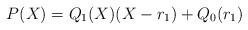
\begin{align*}P(X) = Q_1(X) (X - r_1) + Q_0(r_1)\end{align*}